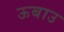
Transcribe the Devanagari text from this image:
ऊबाउ